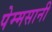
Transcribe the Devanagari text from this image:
पेम्मसानी